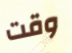
وقت